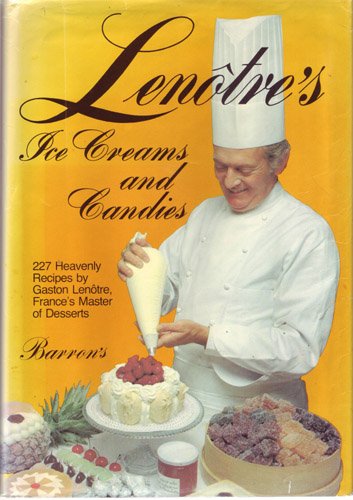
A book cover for Lenotre's Ice Creams and Candies; Gaston LenÃ´tre; Cookbooks, Food & Wine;